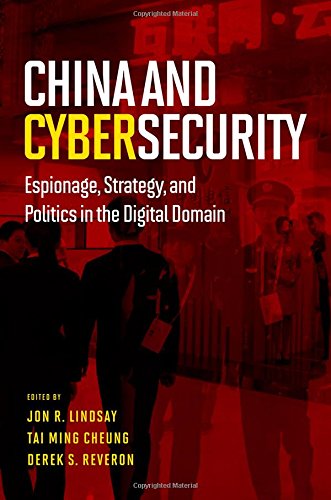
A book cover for China and Cybersecurity: Espionage, Strategy, and Politics in the Digital Domain; Computers & Technology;